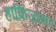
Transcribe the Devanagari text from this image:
हाफिज़ाबाद